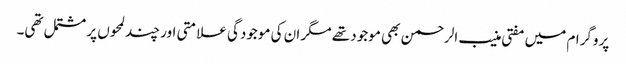
پروگرام میں مفتی منیب الرحمن بھی موجود تھے مگر ان کی موجودگی علامتی اور چند لمحوں پر مشتمل تھی۔